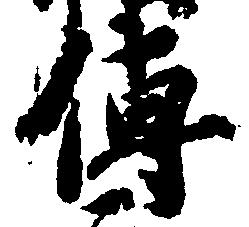
伝